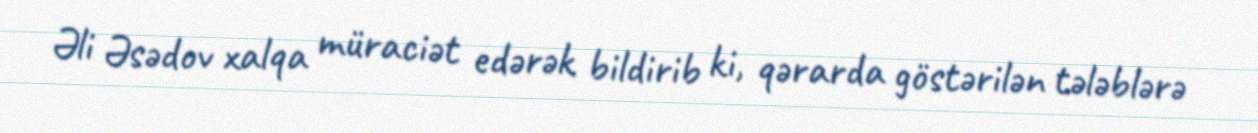
Əli Əsədov xalqa müraciət edərək bildirib ki, qərarda göstərilən tələblərə